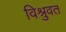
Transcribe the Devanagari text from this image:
विश्रुवत